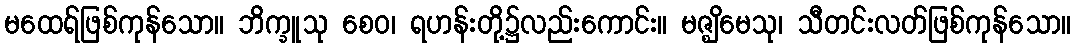
မထေရ်ဖြစ်ကုန်သော။ ဘိက္ခူသု စေဝ၊ ရဟန်းတို့၌လည်းကောင်း။ မဇ္ဈိမေသု၊ သီတင်းလတ်ဖြစ်ကုန်သော။